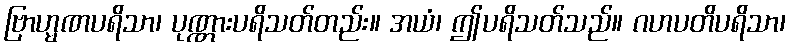
ဗြာဟ္မဏပရိသာ၊ ပုဏ္ဏားပရိသတ်တည်း။ အယံ၊ ဤပရိသတ်သည်။ ဂဟပတိပရိသာ၊